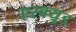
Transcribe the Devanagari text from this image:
एस्क्यूड